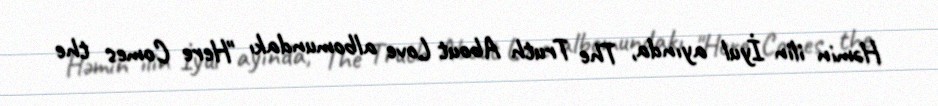
Həmin ilin İyul ayında, The Truth About Love albomundakı "Here Comes the